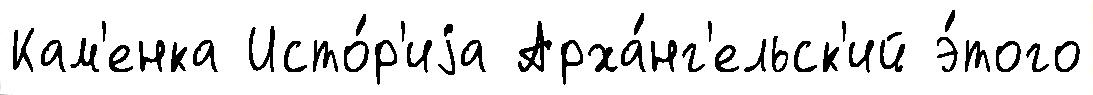
Кам'енка Исто́р'иjа Арха́нг'ельск'ий э́того